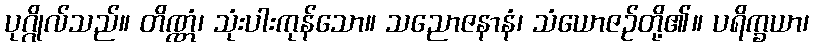
ပုဂ္ဂိုလ်သည်။ တိဏ္ဏံ၊ သုံးပါးကုန်သော။ သညောဇနာနံ၊ သံယောဇဉ်တို့၏။ ပရိက္ခယာ၊